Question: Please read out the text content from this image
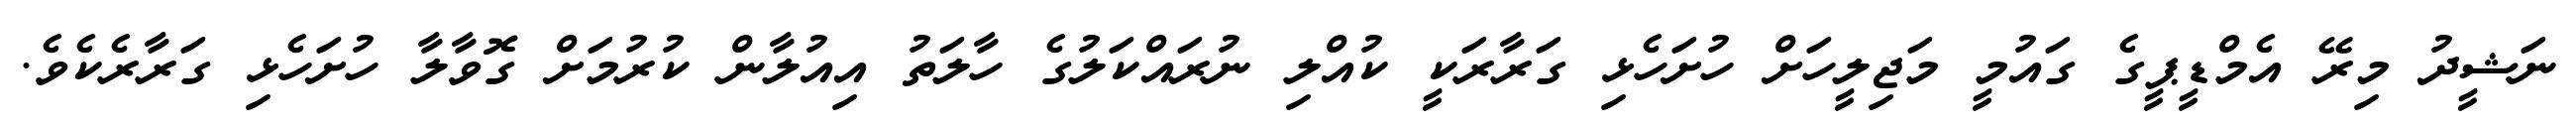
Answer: ނަޝީދު މިރޭ އެމްޑީޕީގެ ގައުމީ މަޖިލީހަށް ހުށަހެޅި ގަރާރަކީ ކުއްލި ނުރައްކަލުގެ ހާލަތު އިއުލާން ކުރުމަށް ގޮވާލާ ހުށަހެޅި ގަރާރެކެވެ.